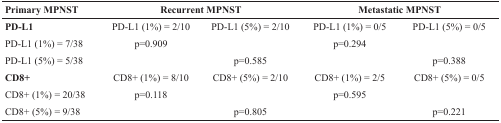
<table><thead><tr><td><b>Primary MPNST</b></td><td colspan="2"><b>Recurrent MPNST</b></td><td colspan="2"><b>Metastatic MPNST</b></td></tr></thead><tbody><tr><td><b>PD-L1</b></td><td>PD-L1 (1%) = 2/10</td><td>PD-L1 (5%) = 2/10</td><td>PD-L1 (1%) = 0/5</td><td>PD-L1 (5%) = 0/5</td></tr><tr><td>PD-L1 (1%) = 7/38</td><td>p=0.909</td><td></td><td>p=0.294</td><td></td></tr><tr><td>PD-L1 (5%) = 5/38</td><td></td><td>p=0.585</td><td></td><td>p=0.388</td></tr><tr><td><b>CD8+</b></td><td>CD8+ (1%) = 8/10</td><td>CD8+ (5%) = 2/10</td><td>CD8+ (1%) = 2/5</td><td>CD8+ (5%) = 0/5</td></tr><tr><td>CD8+ (1%) = 20/38</td><td>p=0.118</td><td></td><td>p=0.595</td><td></td></tr><tr><td>CD8+ (5%) = 9/38</td><td></td><td>p=0.805</td><td></td><td>p=0.221</td></tr></tbody></table>